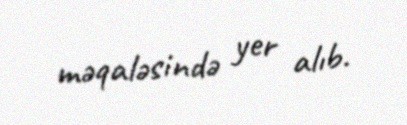
məqaləsində yer alıb.